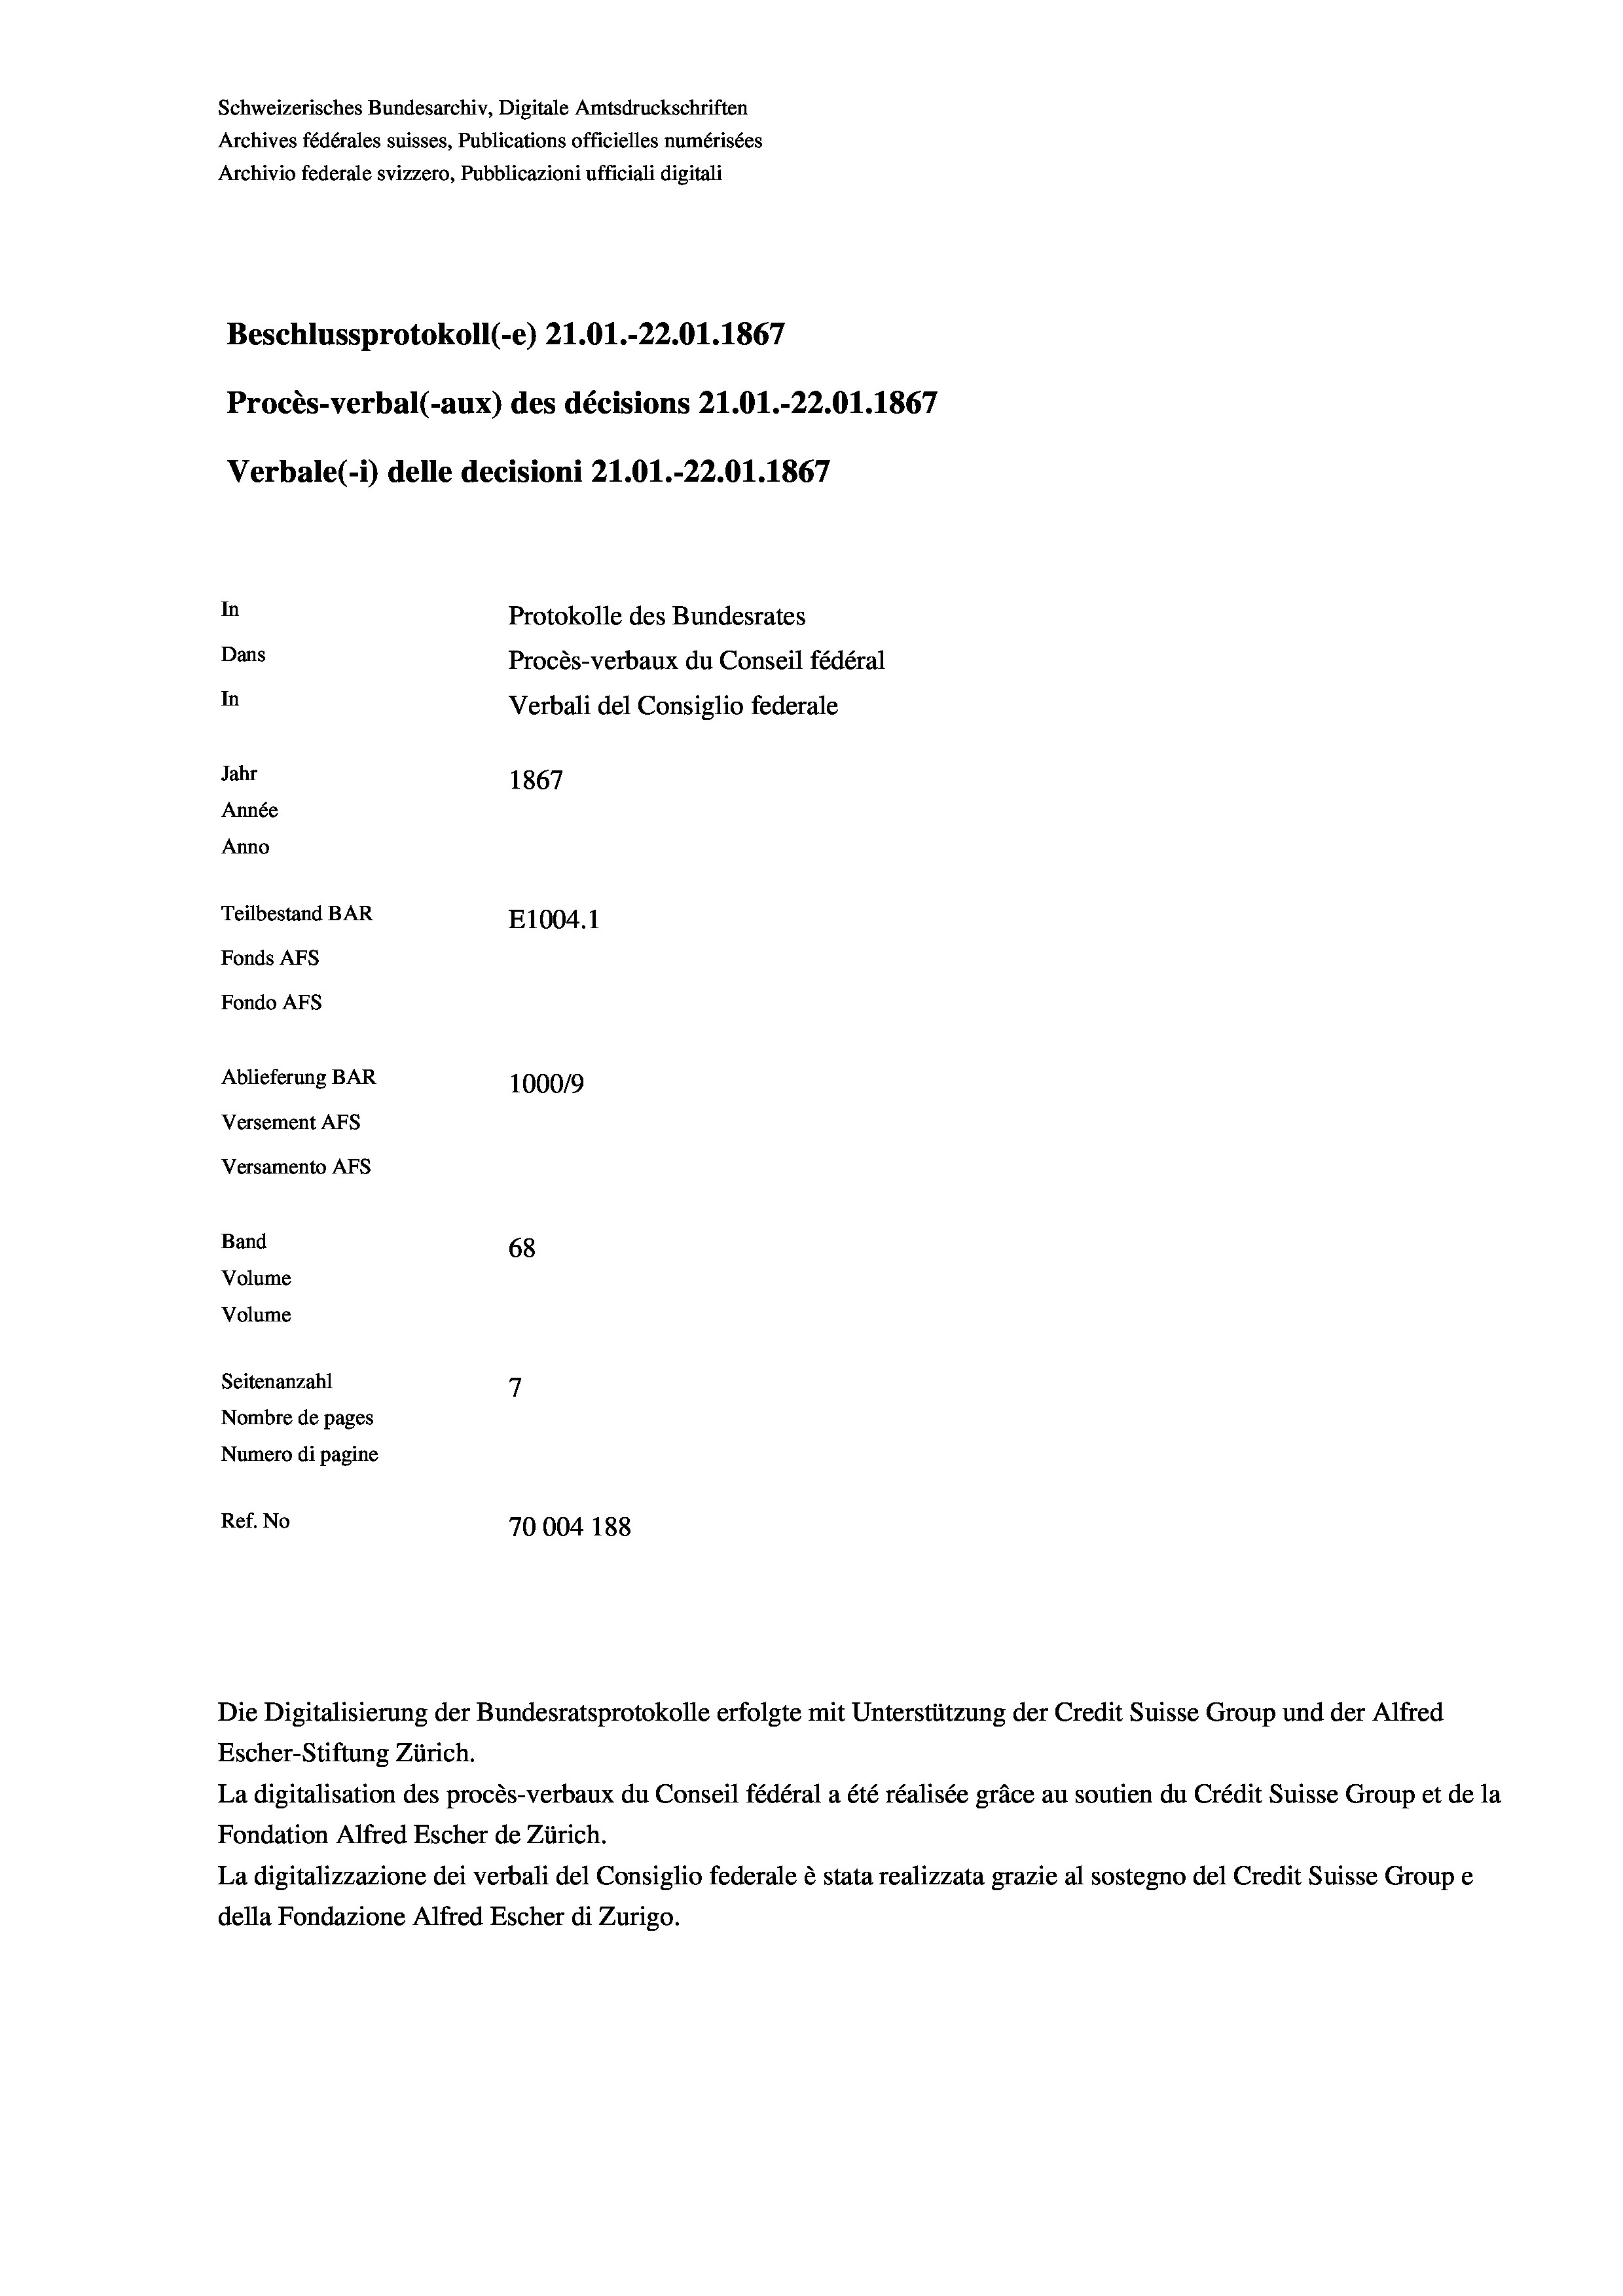
Schweizerisches Bundesarchiv, Digitale Amtsdruckschriften
Archives fédérales suisses, Publications officielles numérisées
Archivio federale svizzero, Pubblicazioni ufficiali digitali
Beschlussprotokoll (-e) 21.01.-22.01. 1867
Procès-verbal (-aux) des décisions 21.01.-22.01. 1867
Verbale (- 1) delle decisioni 21.01.-22.01. 1867
In
Protokolle des Bundesrates
Dans
Procès-verbaux du Conseil fédéral
In
Verbali del Consiglio federale
Jahr
1867
Année
Anno
Teilbestand BAR
E1004.1
Fonds Afs
Fondo AFs
Ablieferung BAR
100019
Versement AFs
Versamento AFs
Band
68
Volume
Volume
7
Seitenanzahl
Nombre de pages
Numero di pagine

Ref. No
70004 188

La digitalisation des procès-verbaux du Conseil fédéral a été réalisée gräce au soutien du Crédit Suisse Group et de la
Fondation Alfred Escher de Zürich.
La digitalizzazione dei verbali del Consiglio federale è stata realizzata grazie al sostegno del Credit Suisse Groupe
della Fondazione Alfred Escher di Zurigo.

Die Digitalisierung der Bundesratsprotokolle erfolgte mit Unterstützung der Credit Suisse Group und der Alfred
Escher-Stiftung Zürich.